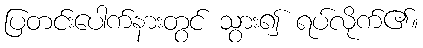
ပြတင်းပေါက်နားတွင် သွား၍ ရပ်လိုက်၏။